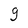
Character: g